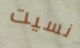
نسيت